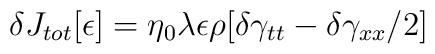
\delta J_{tot} [ \epsilon ] = \eta_{0}\lambda\epsilon\rho [ \delta \gamma_{tt}-\delta\gamma_{xx}/2 ]